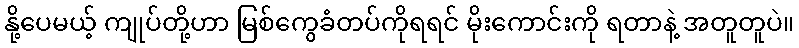
နို့ပေမယ့် ကျုပ်တို့ဟာ မြစ်ကွေခံတပ်ကိုရရင် မိုးကောင်းကို ရတာနဲ့ အတူတူပဲ။